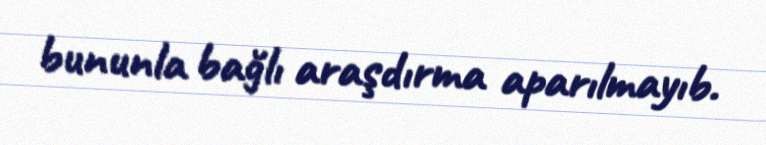
bununla bağlı araşdırma aparılmayıb.